Indian journal of veterinary science and animal husbandry - Volumes 18-21, 1948-1951
Year: 1948
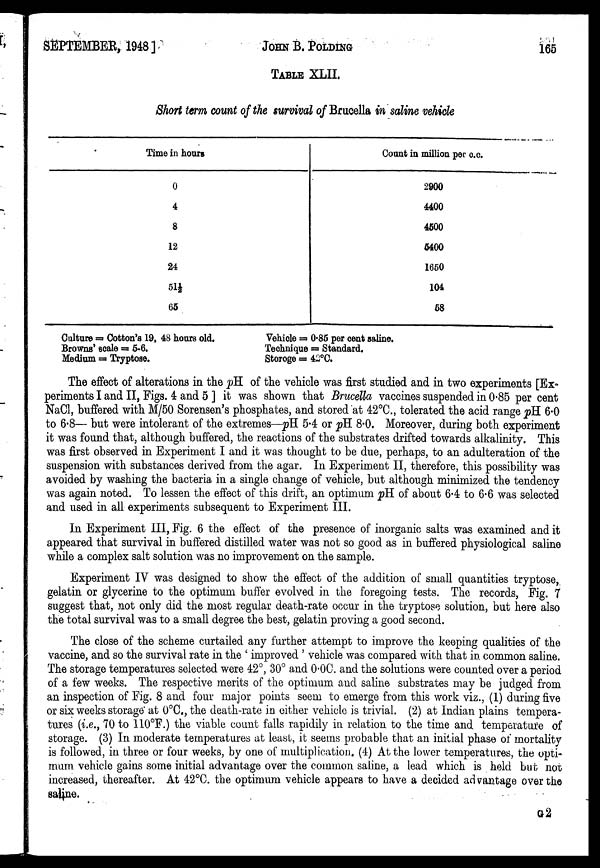
SEPTEMBER, 1948]
JOHN
B.
POLDING
165
TABLE XLII.
Short term count of the survival of Brucella in saline vehicle
Time in hours
0
4
8
12
24
51½
65
Count in million per c.c.
2900
4400
4500
5400
1650
104
68
Culture = Cotton's 19, 48 hours old.
Browns' scale = 5-6.
Medium = Tryptose.
Vehicle = 0.85 per cent saline.
Technique = Standard.
Storoge = 42°C.
The effect of alterations in the pH of the vehicle was first studied and in two experiments [Ex-
periments I and II, Figs. 4 and 5 ] it was shown that Brucella vaccines suspended in 0.85 per cent
NaCl, buffered with M/50 Sorensen's phosphates, and stored at 42°C., tolerated the acid range pH 6.0
to 6.8— but were intolerant of the extremes—pH 5.4 or pH 8.0. Moreover, during both experiment
it was found that, although buffered, the reactions of the substrates drifted towards alkalinity. This
was first observed in Experiment I and it was thought to be due, perhaps, to an adulteration of the
suspension with substances derived from the agar. In Experiment II, therefore, this possibility was
avoided by washing the bacteria in a single change of vehicle, but although minimized the tendency
was again noted. To lessen the effect of this drift, an optimum pH of about 6.4 to 6.6 was selected
and used in all experiments subsequent to Experiment III.
In Experiment III, Fig. 6 the effect of the presence of inorganic salts was examined and it
appeared that survival in buffered distilled water was not so good as in buffered physiological saline
while a complex salt solution was no improvement on the sample.
Experiment IV was designed to show the effect of the addition of small quantities tryptose,
gelatin or glycerine to the optimum buffer evolved in the foregoing tests. The records, Fig. 7
suggest that, not only did the most regular death-rate occur in the tryptose solution, but here also
the total survival was to a small degree the best, gelatin proving a good second.
The close of the scheme curtailed any further attempt to improve the keeping qualities of the
vaccine, and so the survival rate in the ' improved ' vehicle was compared with that in common saline.
The storage temperatures selected were 42°, 30° and 0.0C. and the solutions were counted over a period
of a few weeks. The respective merits of the optimum and saline substrates may be judged from
an inspection of Fig. 8 and four major points seem to emerge from this work viz., (1) during five
or six weeks storage at 0°C., the death-rate in either vehicle is trivial. (2) at Indian plains tempera-
tures (i.e., 70 to 110°F.) the viable count falls rapidily in relation to the time and temperature of
storage. (3) In moderate temperatures at least, it seems probable that an initial phase of mortality
is followed, in three or four weeks, by one of multiplication. (4) At the lower temperatures, the opti-
mum vehicle gains some initial advantage over the common saline, a lead which is held but not
increased, thereafter. At 42°C. the optimum vehicle appears to have a decided advantage over the
saline.
G 2